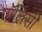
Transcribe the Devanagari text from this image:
पाॅलिसी